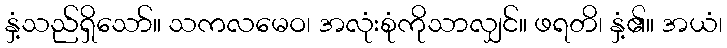
နှံ့သည်ရှိသော်။ သကလမေဝ၊ အလုံးစုံကိုသာလျှင်။ ဖရတိ၊ နှံ့၏။ အယံ၊